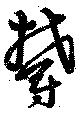
欝